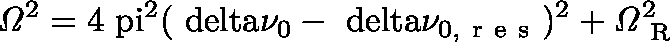
\mathit { \Omega } ^ { 2 } = 4 \mathrm { \ p i } ^ { 2 } ( \mathrm { \ d e l t a } \nu _ { 0 } - \mathrm { \ d e l t a } \nu _ { 0 , \mathrm { ~ r ~ e ~ s ~ } } ) ^ { 2 } + \mathit { \Omega } _ { \mathrm { ~ R ~ } } ^ { 2 }